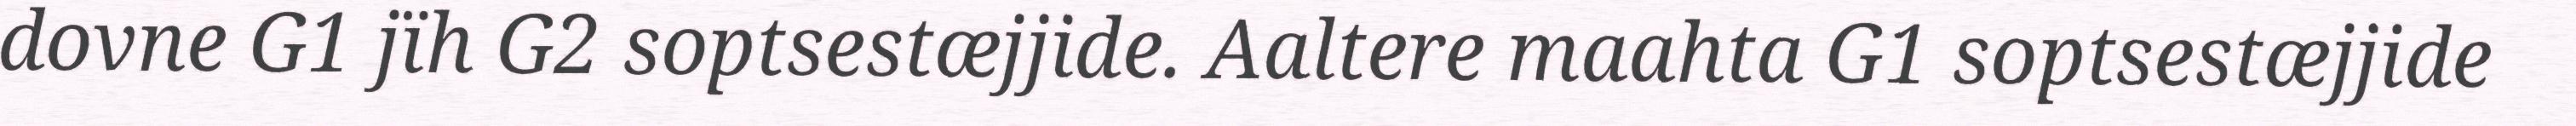
dovne G1 jïh G2 soptsestæjjide. Aaltere maahta G1 soptsestæjjide